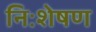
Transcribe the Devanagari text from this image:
निःशेषण